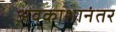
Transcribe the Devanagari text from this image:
अवकाशानंतर